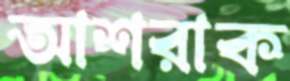
আশরাক